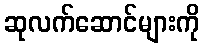
ဆုလက်ဆောင်များကို